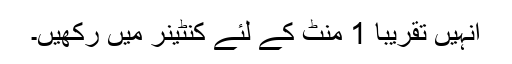
انہیں تقریبا 1 منٹ کے لئے کنٹینر میں رکھیں۔